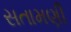
સતામણી